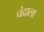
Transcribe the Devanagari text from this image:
चंदाला